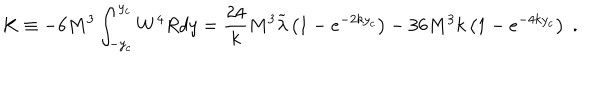
K \equiv - 6 M ^ { 3 } \int _ { - y _ { c } } ^ { y _ { c } } W ^ { 4 } R d y = \frac { 2 4 } k M ^ { 3 } \widetilde { \lambda } \left( 1 - e ^ { - 2 k y _ { c } } \right) - 3 6 M ^ { 3 } k \left( 1 - e ^ { - 4 k y _ { c } } \right) \; .